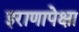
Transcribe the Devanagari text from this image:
इराणापेक्षा